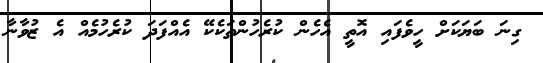
ގިނަ ބަޔަކަށް ހީވެފައި އޮތީ އެހެން ކުރެހުންތަކެކޭ އެއްފަދަ ކުރެހުމެއް އެ ޒުވާނާ